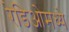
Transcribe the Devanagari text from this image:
रेडिओमध्ये